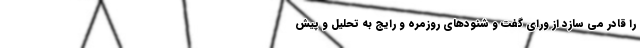
را قادر می سازد از ورای گفت و شنودهای روزمره و رایج به تحلیل و پیش